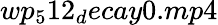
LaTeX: wp_{5}12_{d}ecay0.mp4